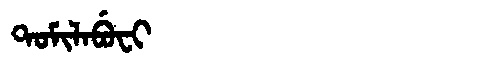
Manchu: ᡨᠣᠮᡳᠯᠠᠪᡠᠸᡳ
Romanization: TOMILABUFI